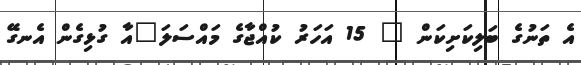
އެ ތަނުގެ ބަލިކަށިކަން " 15 އަހަރު ކުއްޖާގެ މައްސަލަ"އާ ގުޅިގެން އެނގޭ